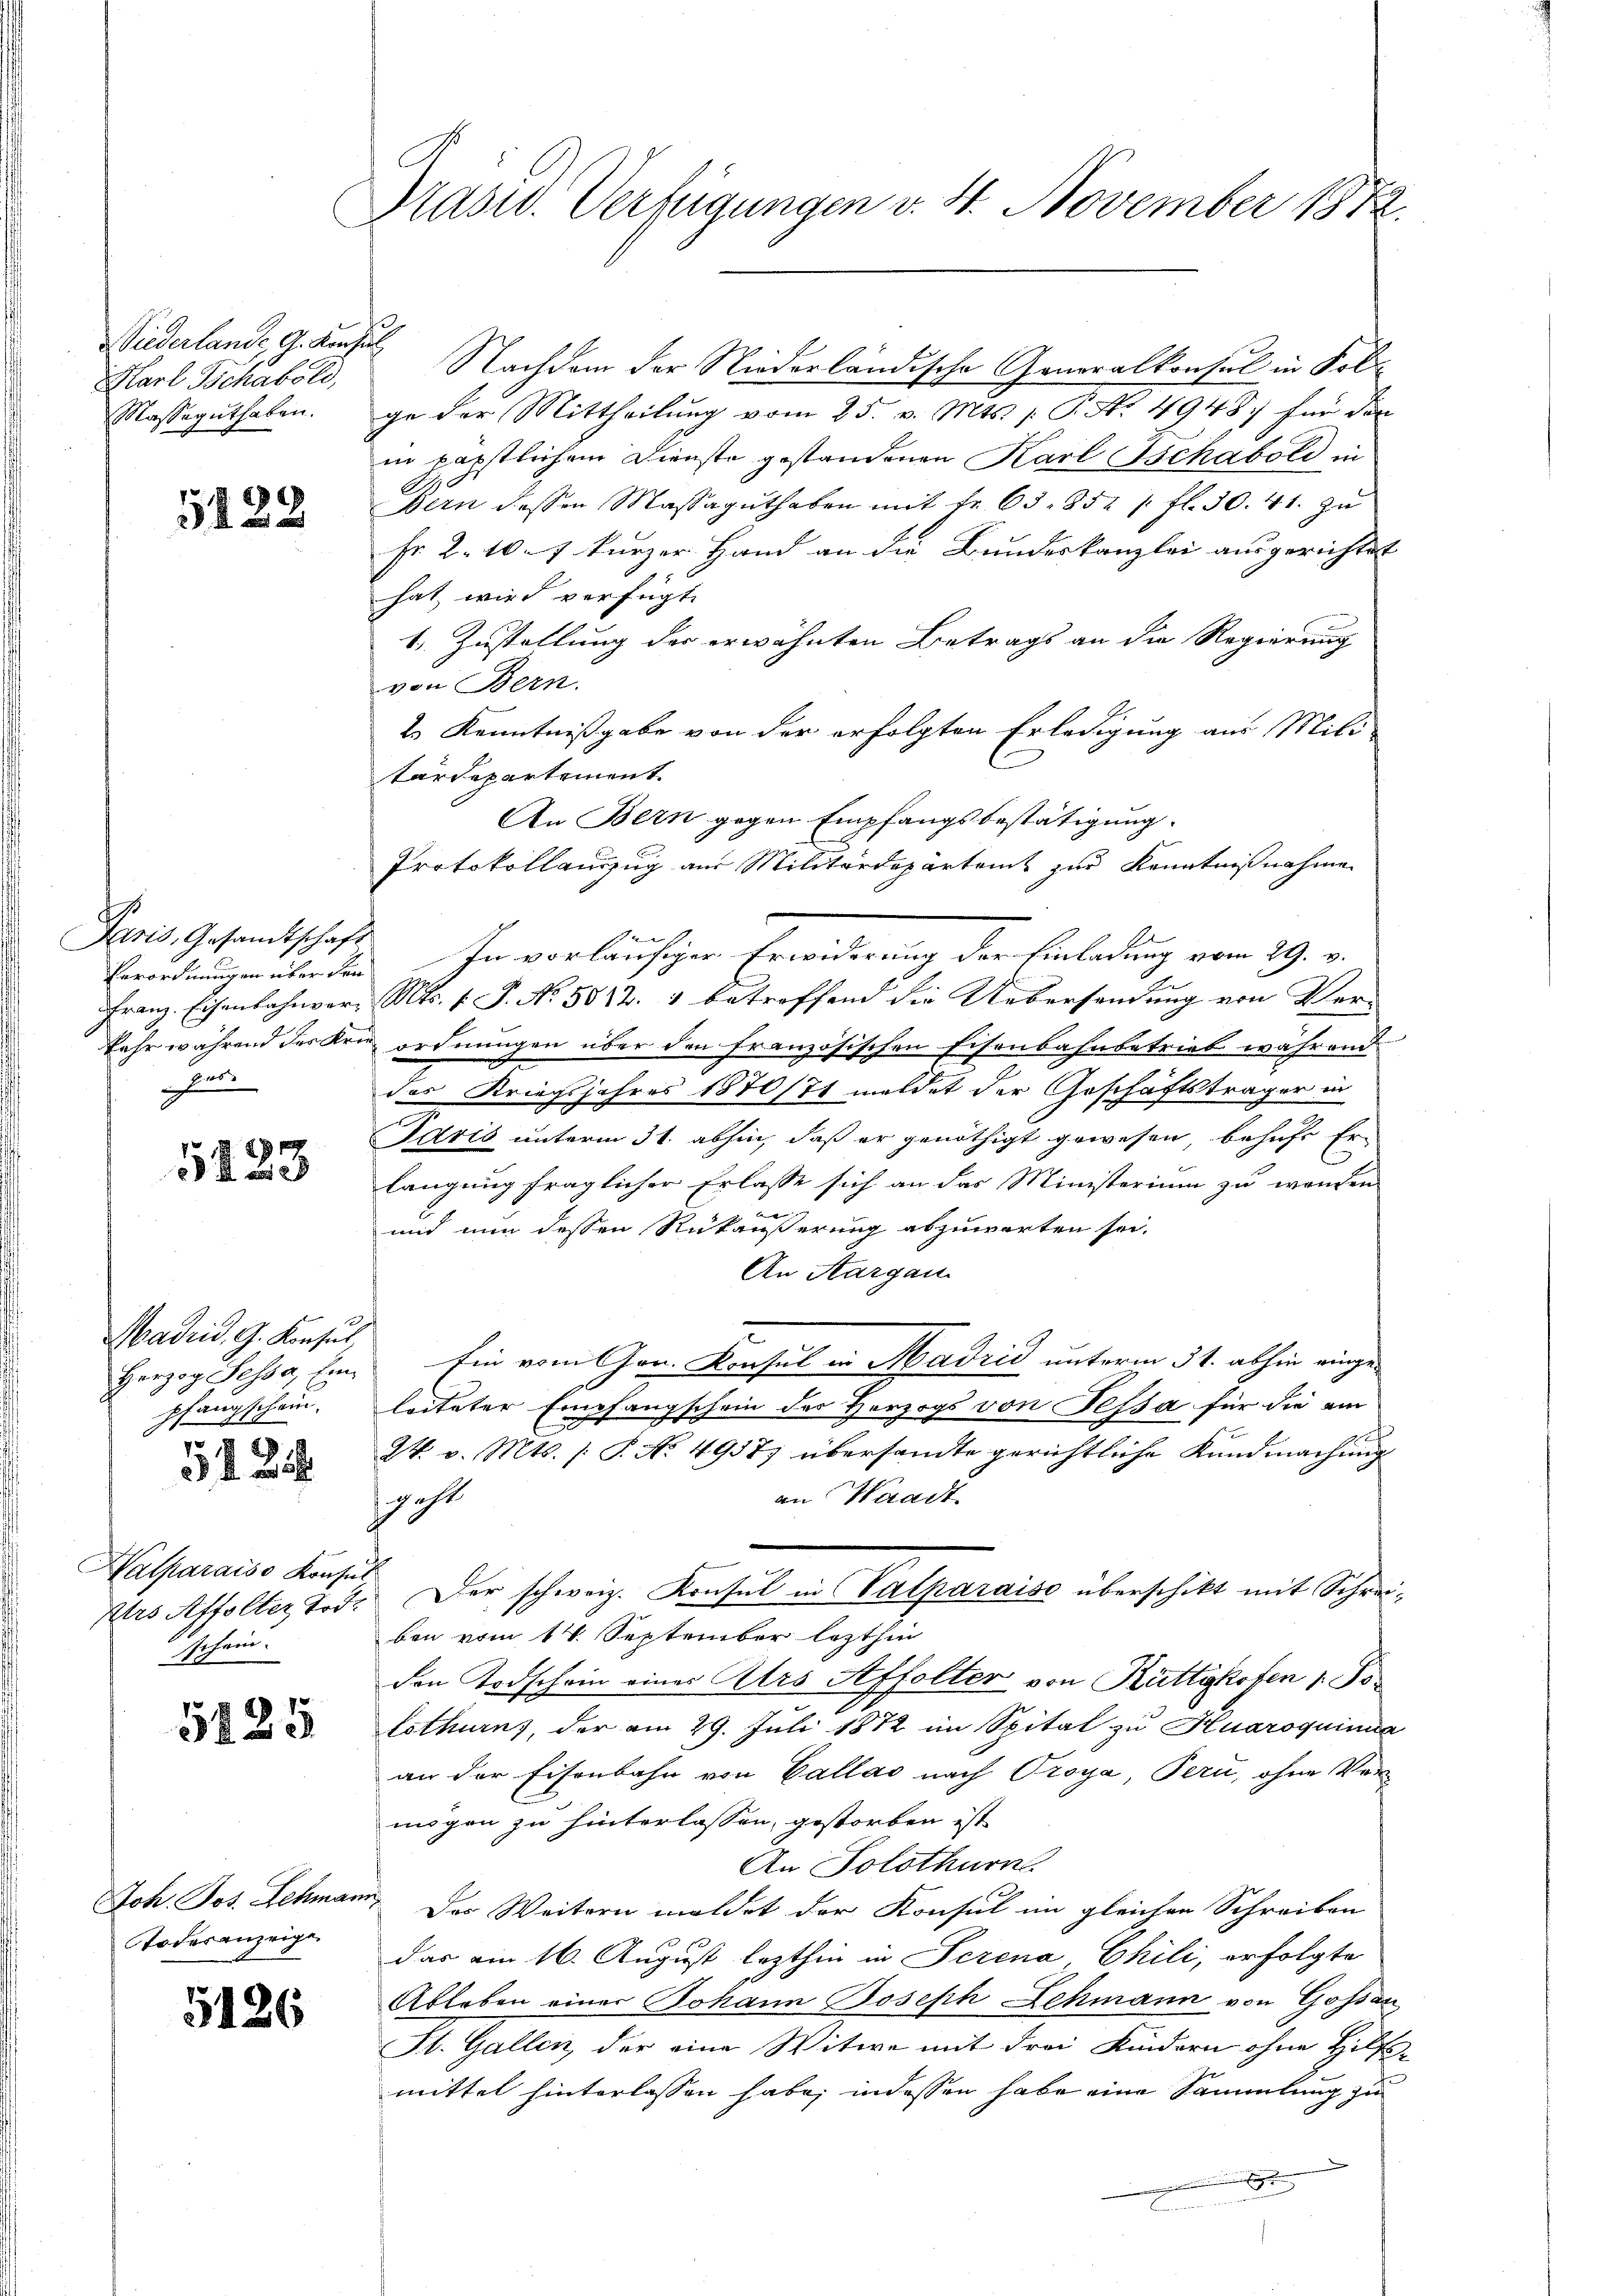
Wiederland, G. Konsul
Karl Schabold,
Masseguthaben.

5128

Paris, Gesandtschaft
Eerordnungen über den
FFranz. Eisenbahnverkehr während der Kre
gute

5123

Madrid, G. Konsul,
Herzog Fessa, Einpfangschein.

2

Hatharaiso Konsul
Ars Affolter Tod.
schein.

5825

Joh. Jos. Schman
Todesanzeige

5126

Präsid. Verfügungen v. 8. November 1872.

Nachdem der Niederländische Generalkonsul in Fol-
ge der Mittheilung vom 25. v. Mts. 1 P. Nr. 4948. für die
in päpstlichem Dienste gestandenen Karl Tschabold in
Bern dessen Massaguthaben mit Fr. 63. 852 / fl. 30. 41. zu
Fr. 2. 107 kurzer Hand an die Bundeskanzlei ausgerichtet
hat, wird verfügt
1. Zustellung der erwähnten Betrags an die Regierung
von Bern.
2. Kenntnißgabe von der erfolgten Erledigung aus Mili
tärdepartement
An Bern gegen Empfangsbestätigung.
Protokollauszug aus Militärdepartamt zur Kenntnißnahme
In vorläufiger Erwiderung der Einladung vom 29. v.
Mts. 1. P. No. 5812. 1 betreffend die Uebersendung von Ver-
 ordnungen über den französischen Eisenbahnbetrieb während
das Kriegsjahres 1870/71 meldet der Geschäftsträger in
Paris unterm 31. abhin, daß er genöthigt gewesen behufs Er-
langung fraglicher Erlasse sich an das Ministerium zu wanden
e
und nun dessen Rükäußerung abzuwarten sei.
An Aargau
Ein vom Ger. Konsul in Madrid unterm 31. abhin eingeleiteter Empfangschein des Herzogs von Tessa für die am
24. v. Mts. (T. No. 4937) übersandte gerichtliche Kundmachung
an Waadt
scht
Der schweiz. Konsul in Valparaise überschikt mit Schreiben vom 14. September lezthin
den Todschein einer Ars Affolter von Rüttikofen 1 Polothurns, der am 29. Juli 1872 im Spital zu Huaroquima
an der Eisenbahn von Gallas nach Croya, Pern, ohne Vermögen zu hinterlassen, gestorben ist
An Solothurn
Das Weitern meldet der Konsul im gleichen Schreiben
das am 16. August lezthin in Serena Chili, erfolgte
Ableben einer Johann Joseph Lehmann von Gossan
St. Gallen, der eine Witwe mit Frei Kindern ohne Hilfsmittel hinterlassen habe, indessen habe eine Sammlung zu
.